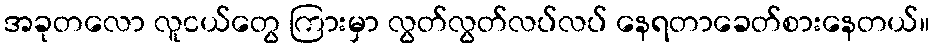
အခုတလော လူငယ်တွေ ကြားမှာ လွတ်လွတ်လပ်လပ် နေရတာခေတ်စားနေတယ်။